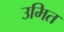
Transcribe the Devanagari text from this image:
उमित